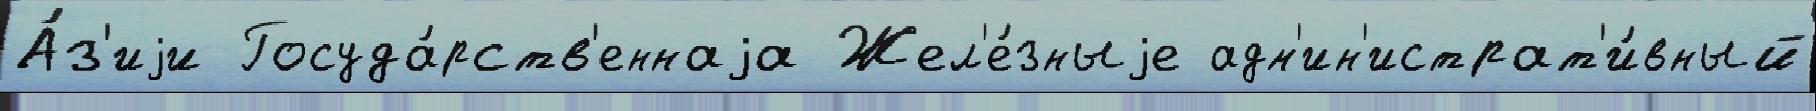
А́з'иjи Госуда́рств'еннаjа Жел'е́зныjе адм'ин'истрат'и́вный